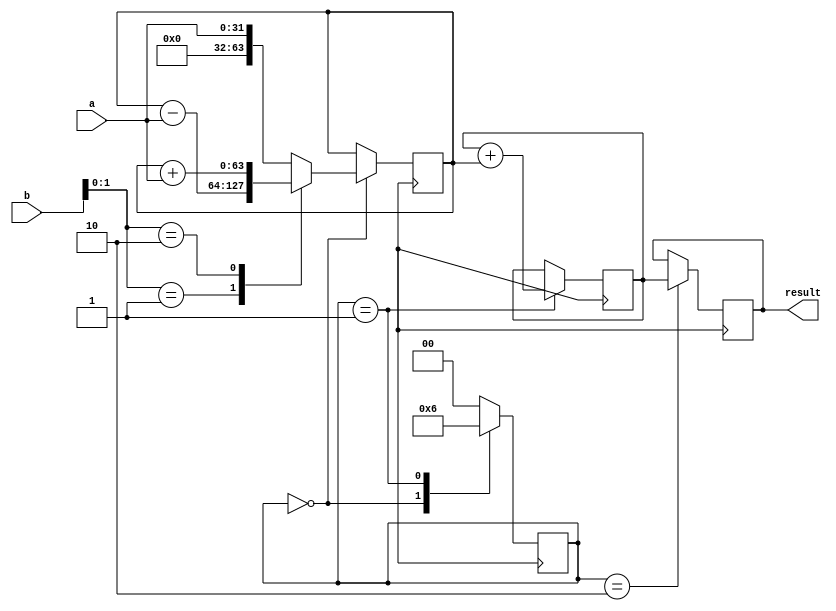
module booth_multiplier(
    input [31:0] a,
    input [31:0] b,
    output reg [63:0] result
);

reg [63:0] partial_product;
reg [63:0] accumulator;
reg [1:0] stage;

always @ (posedge clk) begin
    case(stage)
        0: begin // Partial product generation stage
            partial_product <= {32'b0, a}; // Add a shifted by 0
            case(b[1:0])
                2'b01: partial_product <= partial_product - {32'b0, a}; // Subtract a if b is 01
                2'b10: partial_product <= partial_product + {32'b0, a}; // Add a if b is 10
            endcase
            stage <= 1;
        end
        1: begin // Partial product addition stage
            accumulator <= accumulator + partial_product;
            stage <= 2;
        end
        2: begin // Result accumulation stage
            result <= accumulator;
            stage <= 0;
        end
        default: begin
            stage <= 0;
        end
    endcase
end

endmodule